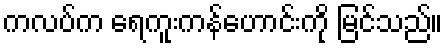
ကလပ်က ရေကူးကန်ဟောင်းကို မြင်သည်။